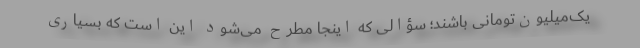
یک‌میلیون‌تومانی باشند؛ سؤالی که اینجا مطرح می‌شود این است که بسیاری